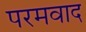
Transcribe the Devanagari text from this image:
परमवाद